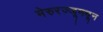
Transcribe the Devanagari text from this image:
मेरुरज्जूमधून